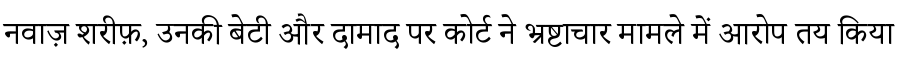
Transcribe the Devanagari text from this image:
नवाज़ शरीफ़, उनकी बेटी और दामाद पर कोर्ट ने भ्रष्टाचार मामले में आरोप तय किया